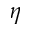
\eta